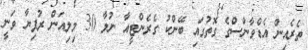
ތެރެއިން އެޑްވާންސްގެ ގޮތުގައި ބޭންކު ގެރެންޓީއާ ނުލާ 30 މިލިއަން ރުފިޔާ ވަނީ